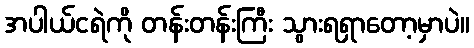
အပါယ်ငရဲကို တန်းတန်းကြီး သွားရရှာတော့မှာပဲ။